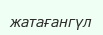
жатағангүл